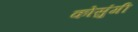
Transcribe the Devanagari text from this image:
कोसुंगी